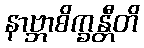
နာဗ္ဘာစိက္ခန္တီတိ